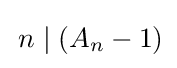
\,n\mid (A_{n}-1)